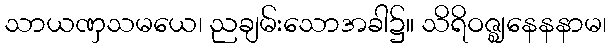
သာယဏှသမယေ၊ ညချမ်းသောအခါ၌။ သိရိဝဇ္ဈနေနနာမ၊